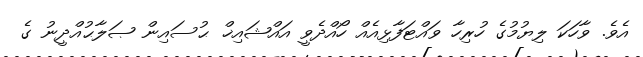
އެވެ. ވާހަކަ ލިޔުމުގެ ހުރިހާ ވައްޓަފާޅިއެއް ހޯއްދެވީ އައްޝައިޚް ޙުސައިން ޞަލާޙުއްދީނު ގެ